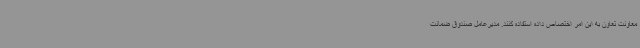
معاونت تعاون به این امر اختصاص داده استفاده کنند. مدیرعامل صندوق ضمانت